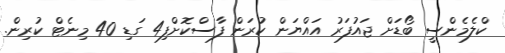
ކްލެމެންސީ ބޯޑަށް ޖައުފަރު އައްޔަން ކުރަން ފާސްކޮށްފި4 ގަޑި 40 މިނެޓް ކުރިން.